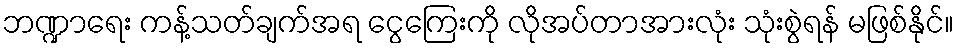
ဘဏ္ဍာရေး ကန့်သတ်ချက်အရ ငွေကြေးကို လိုအပ်တာအားလုံး သုံးစွဲရန် မဖြစ်နိုင်။